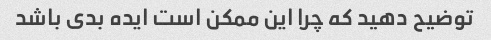
توضیح دهید که چرا این ممکن است ایده بدی باشد